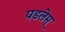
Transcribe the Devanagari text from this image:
पडलेम्